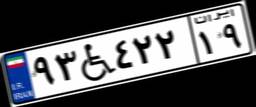
۹۳W۴۲۲۱۹